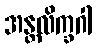
အန္တလိက္ခဂါ